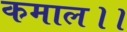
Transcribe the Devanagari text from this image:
कमाल।।